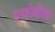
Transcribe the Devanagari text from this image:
इन्फोबॉक्स